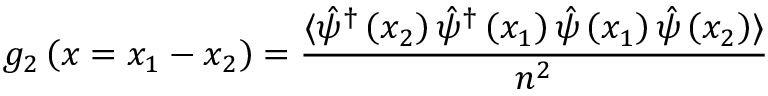
g _ { 2 } \left( x = x _ { 1 } - x _ { 2 } \right) = \frac { \langle \hat { \psi } ^ { \dagger } \left( x _ { 2 } \right) \hat { \psi } ^ { \dagger } \left( x _ { 1 } \right) \hat { \psi } \left( x _ { 1 } \right) \hat { \psi } \left( x _ { 2 } \right) \rangle } { n ^ { 2 } }